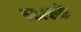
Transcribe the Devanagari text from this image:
रडारके